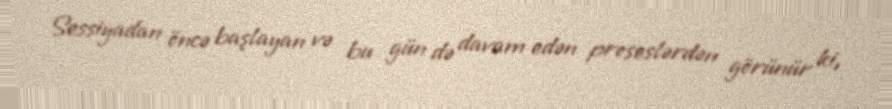
Sessiyadan öncə başlayan və bu gün də davam edən proseslərdən görünür ki,